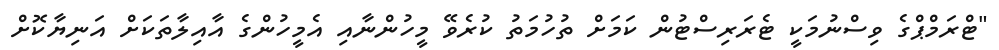
"ޓްރަމްޕްގެ ވިސްނުމަކީ ޓެރަރިސްޓުން ކަމަށް ތުހުމަތު ކުރެވޭ މީހުންނާއި އެމީހުންގެ އާއިލާތަކަށް އަނިޔާކޮށް